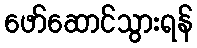
ဖော်ဆောင်သွားရန်